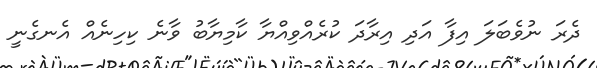
ދެރަ ނުވެބަލަ އިފާ އަދި އިރާދަ ކުރެއްވިއްޔާ ކާމިޔާބު ވާނެ ކިހިނެއް އެނގެނީ